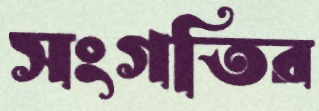
সংগতির